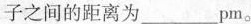
子之间的距离为___pm。